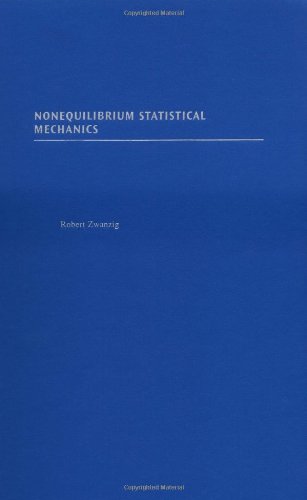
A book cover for Nonequilibrium Statistical Mechanics; Robert Zwanzig; Science & Math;